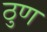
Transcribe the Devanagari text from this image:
ठुण